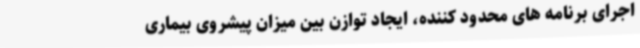
اجرای برنامه های محدود کننده، ایجاد توازن بین میزان پیشروی بیماری